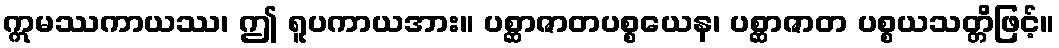
ဣမဿကာယဿ၊ ဤ ရူပကာယအား။ ပစ္ဆာဇာတပစ္စယေန၊ ပစ္ဆာဇာတ ပစ္စယသတ္တိဖြင့်။